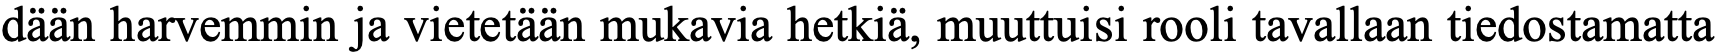
dään harvemmin ja vietetään mukavia hetkiä, muuttuisi rooli tavallaan tiedostamatta